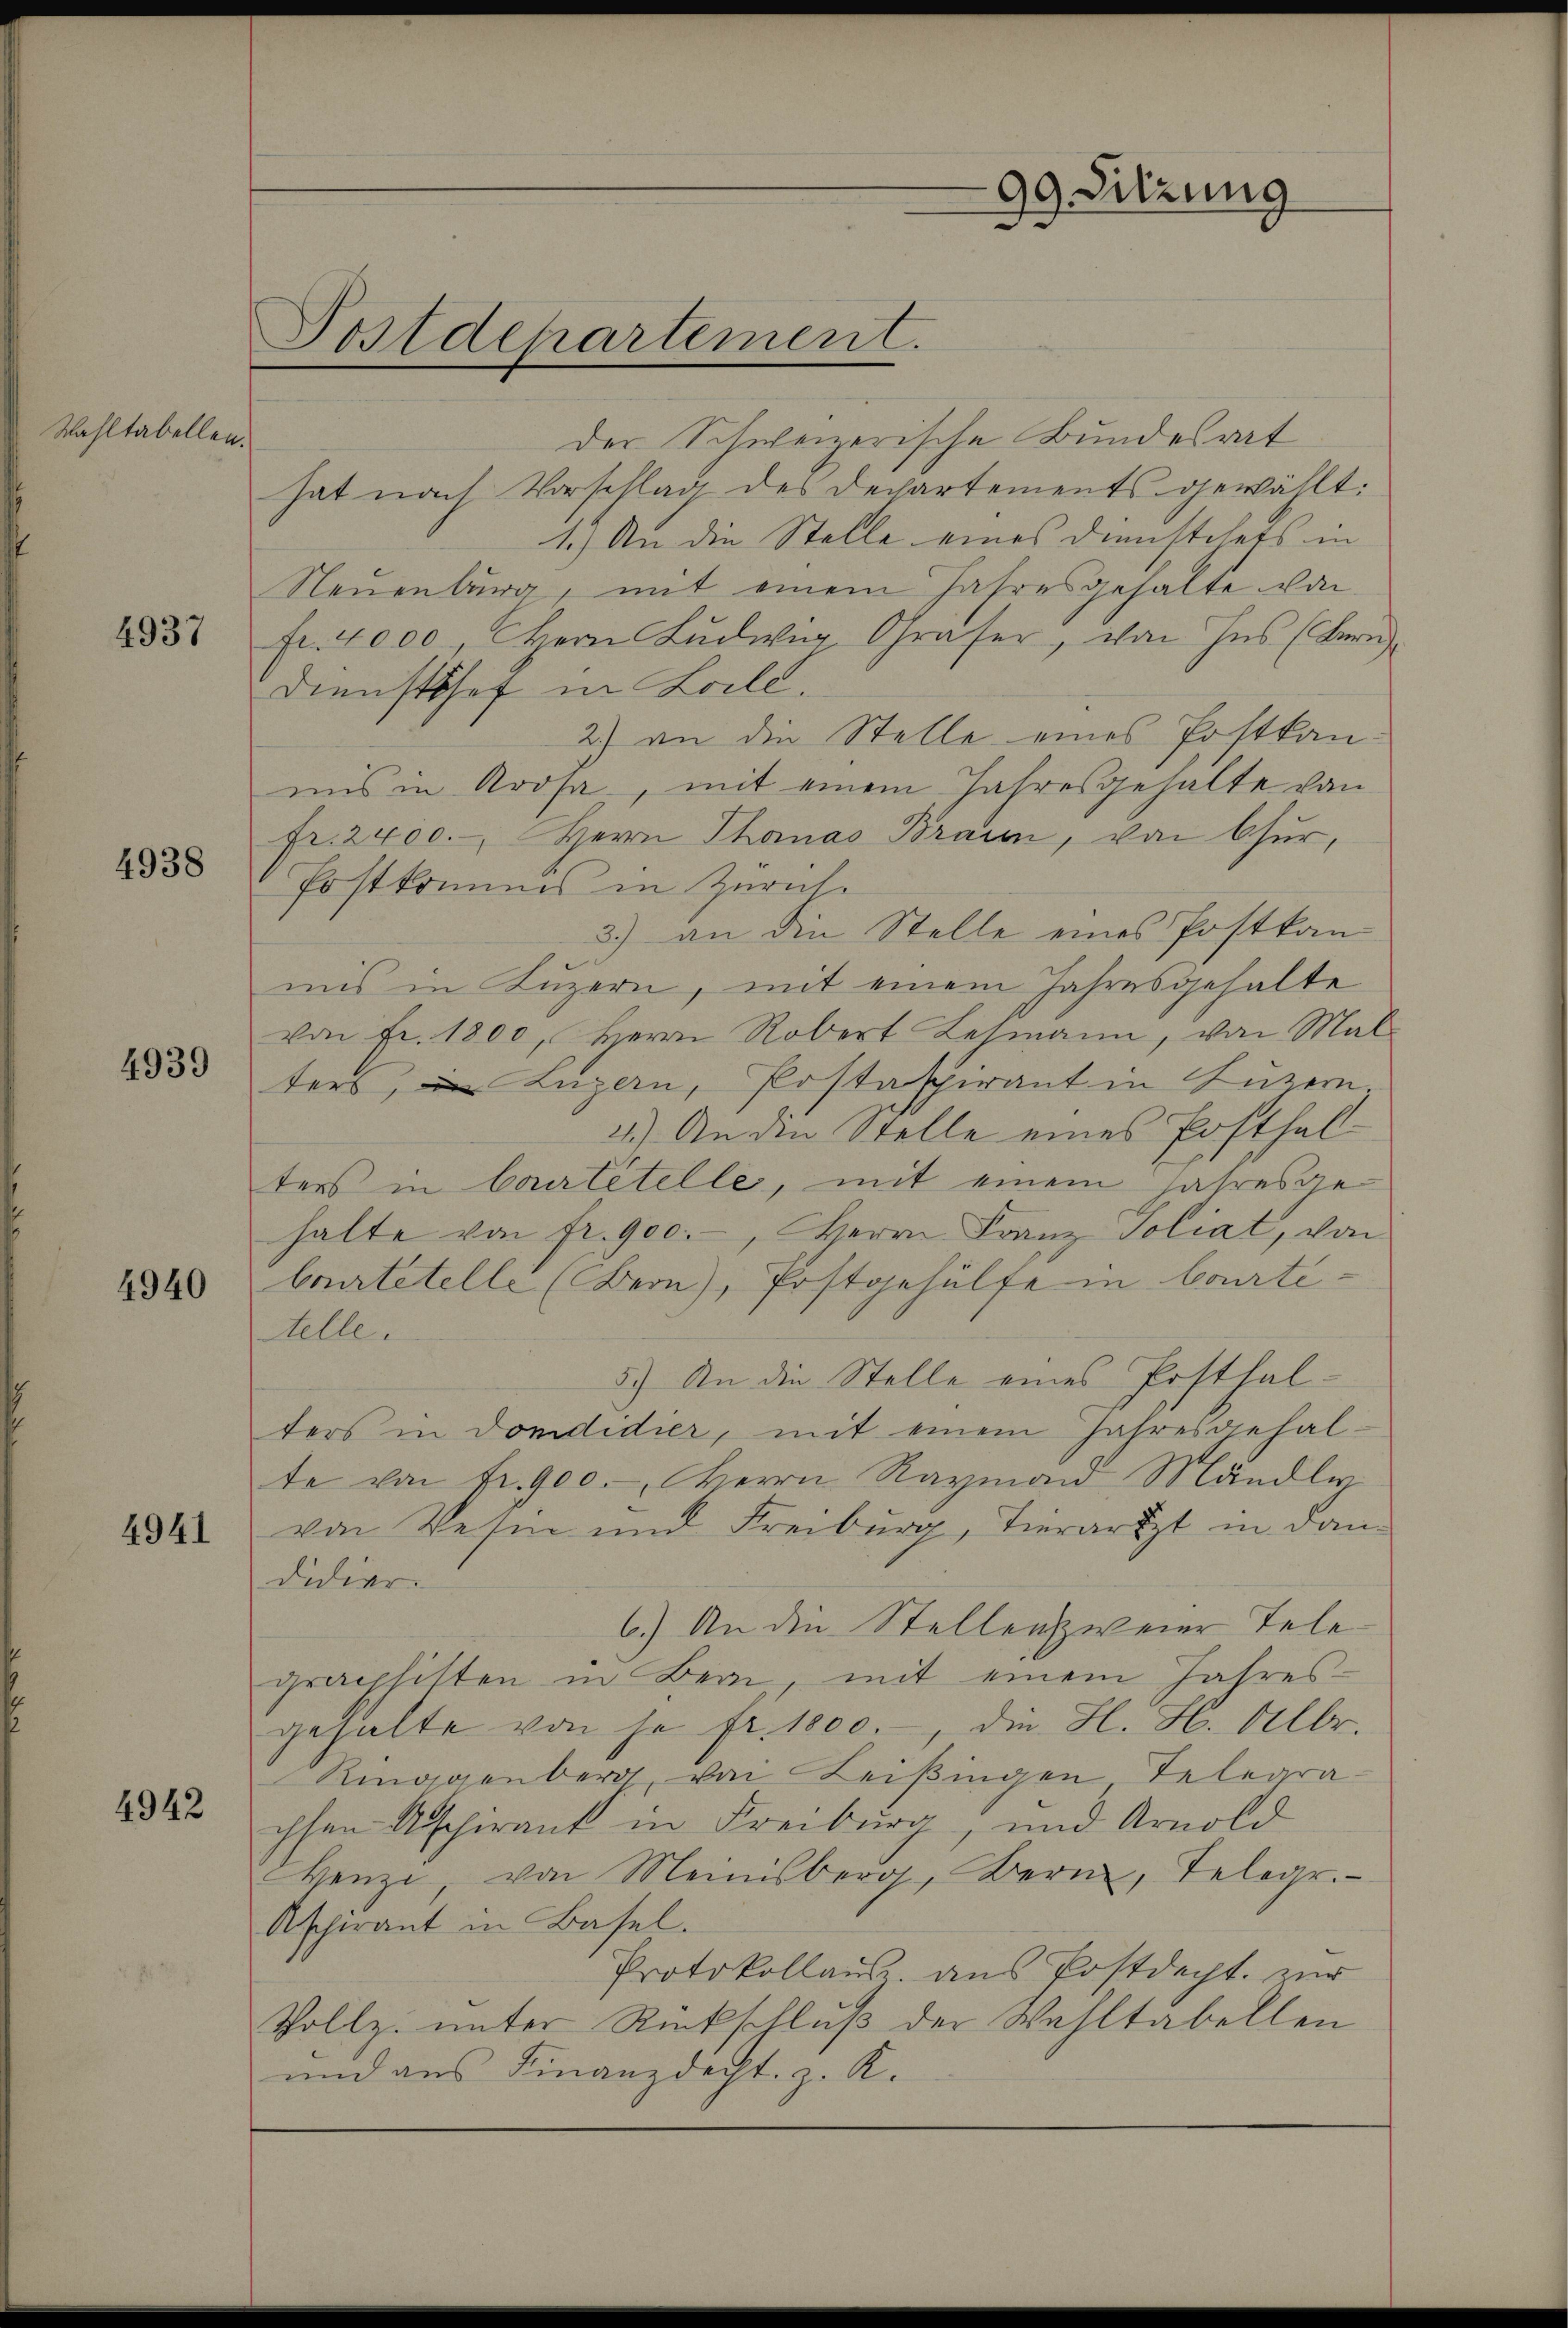
Wahltabellen.

4937

4938

4939

4940

4941

4942

Postdepartement.

der Schweizerische Bundesrat
hat nach Vorschlag des Dechartements gewählt:
1.) An die Stelle eines Dienstehets in
Neuenburg, mit einem Jahresgehalte von
fr. 4000 Herr Ludwig, Chraser, von Ins (Bern
Dienstshof in Loile.
2.) an die Stelle eines Postkan-
mis in Krosa, mit einem Jahresgehalte von
fr. 2400.-, Herrn Thanas Braun, von Chur,
Postkommes in Zürich.
3.) an die Stelle eines Postkan-
mis in Luzern, mit einem Jahresgehalte
von Fr. 1800, Herrn Robert Lehmann, von Mal-
ters, in Luzern, Postaspirant in Luzern
4.) An die Stelle eines Posthalters in Cortetelle, mit einem Jahresgehalte von fr. 900.-, Herrn Franz Soliat, von
Courtetelle (Bern), Postgehülfe in Courtitelle.
5.) An die Stelle eines Posthalters in Domdidier, mit einem Jahresgehalte von Fr. 900. Herrn Raymann-Mändli
von Wesen und Freiburg, Tierartzt in dan
didier.
6.) An die Stellenzweier Tele
graphisten in Bern, mit einem Jahres-
gehalte von je fr. 1000.-, die H. H. Albr.
Ringgenberg von Leisingen Telegra-
chsen Abschirant in Freiburg, und Arnold
Henze, von Meinisberg, Bern, Telegr.
Ascherant in Basel.
Protokollaus ans Postdept. zur
Vollz. unter Rückschluß der Wahltabellen
und aus Finanzdecht, z. K.

99 Sitzung